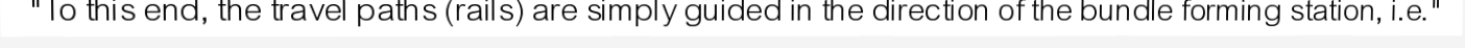
"To this end, the travel paths (rails) are simply guided in the direction of the bundle forming station, i.e."